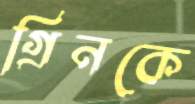
গ্রিনকে